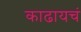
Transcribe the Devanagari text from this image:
काढायचं